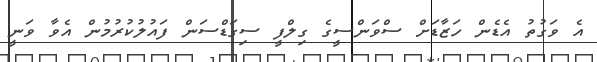
އެ ވަގުތު އެޑެން ހަޒާޑަށް ސްވަންސީގެ ގިލްފީ ސިގަޑްސަން ފައުލުކުރުމުން އެވާ ވަނީ